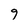
Character: 9